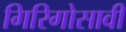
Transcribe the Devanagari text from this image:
गिरिगोसावी